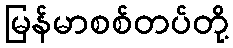
မြန်မာစစ်တပ်တို့